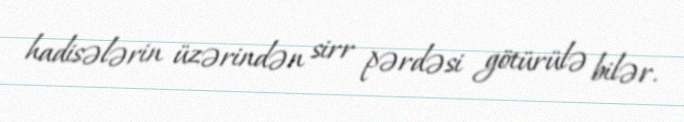
hadisələrin üzərindən sirr pərdəsi götürülə bilər.